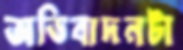
অভিবাদনটা